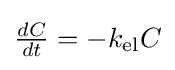
{\textstyle {\frac {dC}{dt}}=-k_{\text{el}}C}